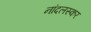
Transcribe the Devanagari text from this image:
नांदलस्कर